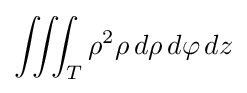
\iiint _{T}\rho ^{2}\rho \,d\rho \,d\varphi \,dz